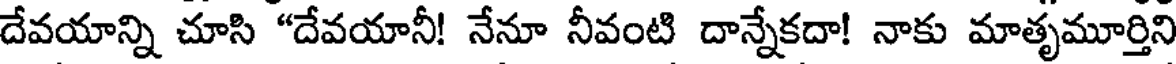
దేవయాన్ని చూసి "దేవయానీ! నేనూ నీవంటి దాన్నేకదా! నాకు మాతృమూర్తిని